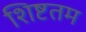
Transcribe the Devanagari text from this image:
शिष्टतम